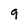
Character: 9